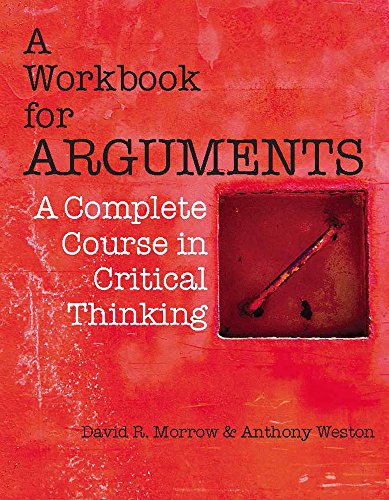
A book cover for A Workbook for Arguments: A Complete Course in Critical Thinking; David R. Morrow; Politics & Social Sciences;